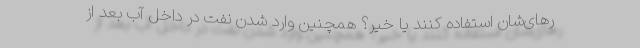
رهای‌شان استفاده کنند یا خیر؟ همچنین وارد شدن نفت در داخل آب بعد از